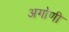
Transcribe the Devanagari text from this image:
अगोणी